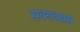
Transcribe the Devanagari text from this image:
सक्यत्रक्स